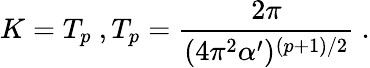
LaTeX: K=T_{p}\ ,T_{p}=\frac{2\pi}{(4\pi^{2}\alpha^{\prime})^{(p+1)/2}}\ .